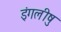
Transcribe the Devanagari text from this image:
इंगलीषु